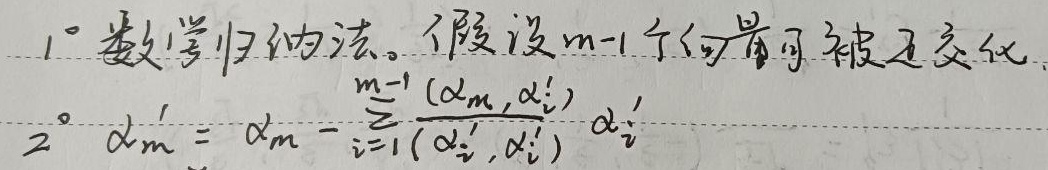
1° 数学归纳法。假设\(m - 1\)个向量可被正交化。

2° \(\alpha_{m}'=\alpha_{m}-\sum_{i = 1}^{m - 1}\frac{(\alpha_{m},\alpha_{i}')}{(\alpha_{i}',\alpha_{i}')}\alpha_{i}'\)